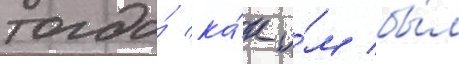
тогда́ ка́к и́м бы́л